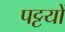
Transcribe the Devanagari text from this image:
पट्टयों